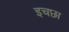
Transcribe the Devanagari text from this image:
इचछा